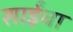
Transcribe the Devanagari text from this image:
शाईंचा